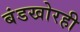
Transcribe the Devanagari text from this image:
बंडखोरही